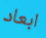
ابعاد